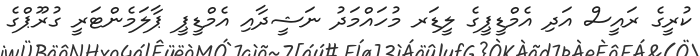
ކުރީގެ ރައީސް އަދި އެމްޑީޕީގެ ލީޑަރ މުހައްމަދު ނަޝީދާއި އެމްޑީޕީ ޕާލަމެންޓަރީ ގުރޫޕްގެ